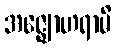
အဇ္ဈောဟရာမိ